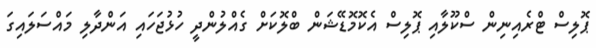
ޕޮލިސް ޓްރެއިނިން ސްކޫލާއި ޕޮލިސް އެކޮމޮޑޭޝަން ބްލޮކަށް ގެއްލުންދީ ހުޅުޖަހައި އަންދާލި މައްސަލައިގަ